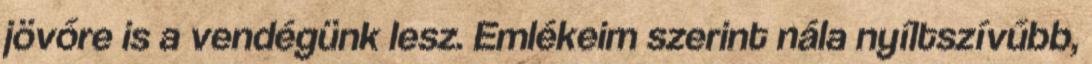
jövőre is a vendégünk lesz. Emlékeim szerint nála nyíltszívűbb,